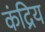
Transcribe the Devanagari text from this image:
कंद्रिय